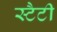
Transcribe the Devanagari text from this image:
स्टैटी